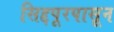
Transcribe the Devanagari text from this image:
सिद्दपूरपासून